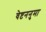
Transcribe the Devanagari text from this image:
वेष्टननुमा